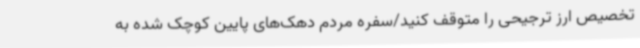
تخصیص ارز ترجیحی را متوقف کنید/سفره مردم دهک‌های پایین کوچک شده به